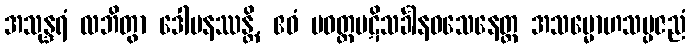
အသုန္ဒရံ လဘိတွာ ဒေါမနဿန္တိ, ဧဝံ ပဝတ္တပဋိသင်္ခါနဝသေနေတ္ထ အသမ္မောဟသမ္ပဇညံ